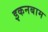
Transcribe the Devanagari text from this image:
इकनबाम